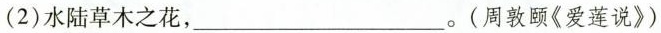
(2)水陆草木之花，___。(周敦颐《爱莲说》)